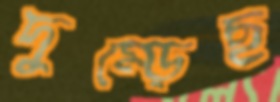
দুম্‌ড়েছ